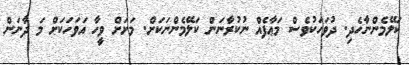
ކަލޭމެންނާހެދި. ދުވަހަކުވެސް މަޢާފެއް ނުކުރާނަން ކަލޭމެންނަކަށް. މަށަށް ވީހާ އަވަހަކަށް މަ ދާނަން